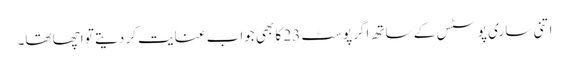
اتنی ساری پوسٹس کے ساتھ اگر پوسٹ 23 کا بھی جواب عنایت کر دیتے تو اچھا تھا۔